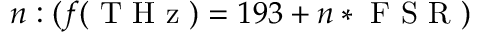
n : ( f ( \mathrm { ~ T ~ H ~ z ~ } ) = 1 9 3 + n * \mathrm { ~ F ~ S ~ R ~ } )